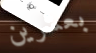
بعشرين